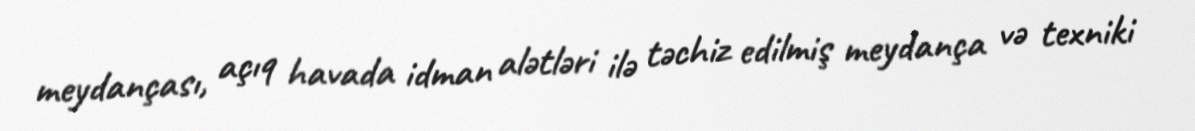
meydançası, açıq havada idman alətləri ilə təchiz edilmiş meydança və texniki